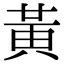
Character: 黃